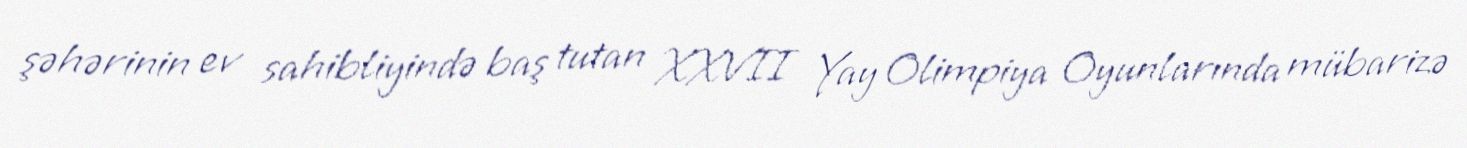
şəhərinin ev sahibliyində baş tutan XXVII Yay Olimpiya Oyunlarında mübarizə